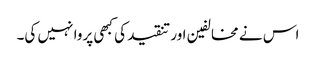
اس نے مخالفین اور تنقید کی کبھی پروا نہیں کی۔